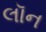
લૉન